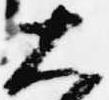
大